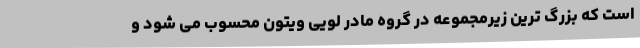
است که بزرگ ترین زیرمجموعه در گروه مادر لویی ویتون محسوب می شود و